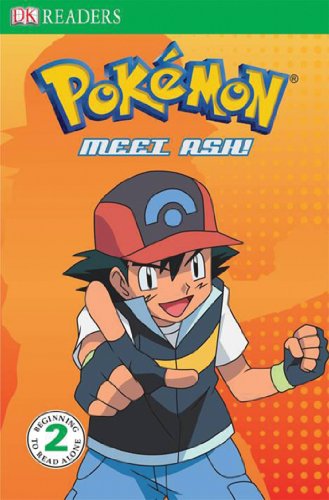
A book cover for Level 2 Reader: Meet Ash (hc) (Pokemon (DK Publishing)); BradyGames; Computers & Technology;